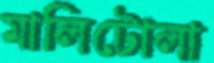
মালিটোলা